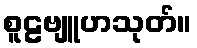
စူဠဗျူဟသုတ်။